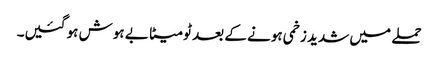
حملے میں شدید زخمی ہونے کے بعد ٹومیٹا بے ہوش ہو گئیں۔